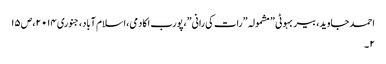
احمد جاوید، بیر بہوٹی ” مشمولہ ”رات کی رانی”،پورب اکادمی،اسلام آباد،جنوری ۰۱۴ ۲،ص ۱۵
۲ ۔